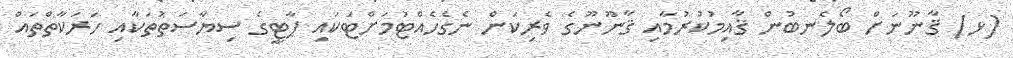
(ޅ) ޤާނޫނަށް ބޯލެނބުން ޤާއިމުކުރުމާއި ޤާނޫނޫގެ ވެރިކަން ނެގެހެއްޓުމަށްޓަކައި ޕާޓީގެ ސިޔާސަތުތަކާއި ހަރަކާތްތައް